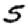
Digit: 5